Annual administration report of the Civil Veterinary Department of India - 1903-1904
Year: 1903
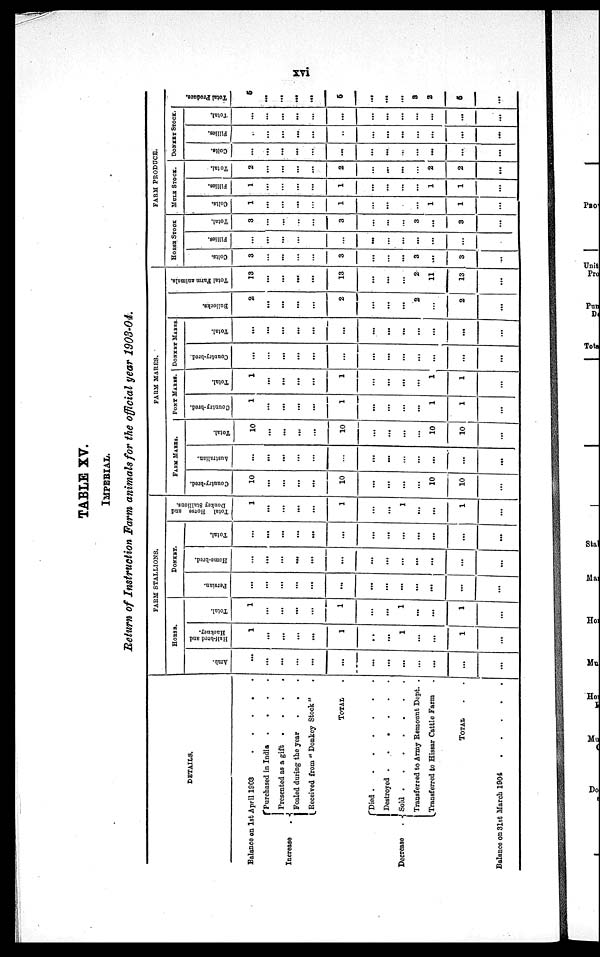
xvi
TABLE XV.
IMPERIAL.
Return of Instruction Farm animals for the official year 1903-04.
DETAILS.
Balance on 1st April 1903
.
.
.
.
.
Increase
.
Purchased in India
.
.
.
.
Presented as a gift
.
.
.
.
Foaled during the year
. . .
Received from " Donkey Stock"
.
TOTAL .
Decrease
.
Died
.
.
.
.
.
.
.
Destroyed .
.
.
.
.
.
Sold
.
.
.
.
.
.
Transferred to Army Remount Dept. .
Transferred to Hissar Cattle Farm .
TOTAL . .
Balance on 31st March 1904
.
.
.
.
.
FARM STALLIONS.
HORSE.
Arab.
...
...
...
...
...
...
...
...
...
...
...
...
...
Half-bred and
Hackney.
1
...
...
...
...
1
..
...
1
...
...
1
...
Total.
1
...
...
...
...
1
...
...
1
...
...
1
...
DONKEY.
Persian.
...
...
...
...
...
...
...
...
...
...
...
...
...
Home-bred.
...
...
...
...
...
...
...
...
...
...
...
...
...
Total.
...
...
...
...
...
...
...
...
...
...
...
...
...
Total Horse and
Donkey Stallions.
1
...
...
...
...
1
...
...
1
...
...
1
...
FARM MARES.
FARM MARES.
Country-bred.
10
...
...
...
...
10
...
...
...
...
10
10
...
Australian.
...
...
...
...
...
...
...
...
...
...
...
...
...
Total.
10
...
...
...
...
10
...
...
...
...
10
10
...
PONY MARES.
Country-bred.
1
...
...
...
...
1
...
...
...
...
1
1
...
Total.
1
...
...
...
...
1
...
...
...
...
1
1
...
DONKEY MARES.
Country-bred.
...
...
...
...
...
...
...
...
...
...
...
...
...
Total.
...
...
...
...
...
...
...
...
...
...
...
...
...
Bullocks.
2
...
...
...
...
2
...
...
...
2
...
2
...
Total Farm animals.
13
...
...
...
...
13
...
...
...
2
11
13
...
FARM PRODUCE.
HORSE STOCK
Colts.
3
...
...
...
...
3
...
...
...
3
...
3
...
Fillies.
...
...
...
...
...
...
...
...
...
...
...
...
...
Total.
3
...
...
...
...
3
...
...
...
3
...
3
...
MULE STOCK.
Colts.
1
...
...
...
...
1
...
...
...
...
1
1
...
Fillies.
1
...
...
...
...
1
...
...
...
...
1
1
...
Total.
2
...
...
...
...
2
...
...
...
...
2
2
...
DONKEY STOCK.
Colts.
...
...
...
...
...
...
...
...
...
...
...
...
...
Fillies.
...
...
...
...
...
..
...
...
...
...
...
...
...
Total.
...
...
...
...
...
...
...
...
...
...
...
...
...
Total Pr oduce.
5
...
...
...
...
5
...
...
...
3
2
5
...